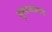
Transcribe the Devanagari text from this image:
बुरूजाकडे